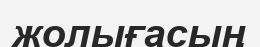
жолығасың